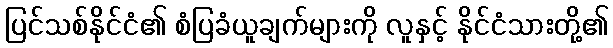
ပြင်သစ်နိုင်ငံ၏ စံပြခံယူချက်များကို လူနှင့် နိုင်ငံသားတို့၏